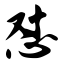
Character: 怼